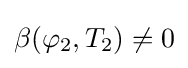
\beta (\varphi _{2},T_{2})\neq 0